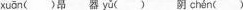
xuān ()昂 器 yǔ ( )阴 chén ()